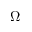
\Omega